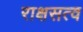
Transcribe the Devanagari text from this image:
राक्षसत्व